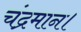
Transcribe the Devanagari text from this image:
चंद्रमान।